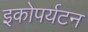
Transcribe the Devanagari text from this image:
इकोपर्यटन